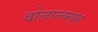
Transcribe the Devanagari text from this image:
वोलान्त्य्न्य्स